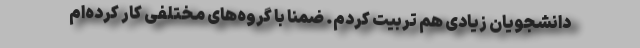
دانشجویان زیادی هم تربیت کردم. ضمناً با گروه‌های مختلفی کار کرده‌ام